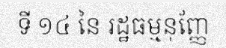
ទី ១៤ នៃ រដ្ឋធម្មនុញ្ញែ